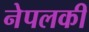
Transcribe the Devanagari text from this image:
नेपलकी